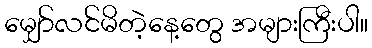
မျှော်လင်မိတဲ့နေ့တွေ အများကြီးပါ။